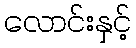
လောင်းနှင့်